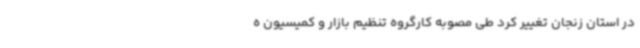
در استان زنجان تغییر کرد طی مصوبه کارگروه تنظیم بازار و کمیسیون ه